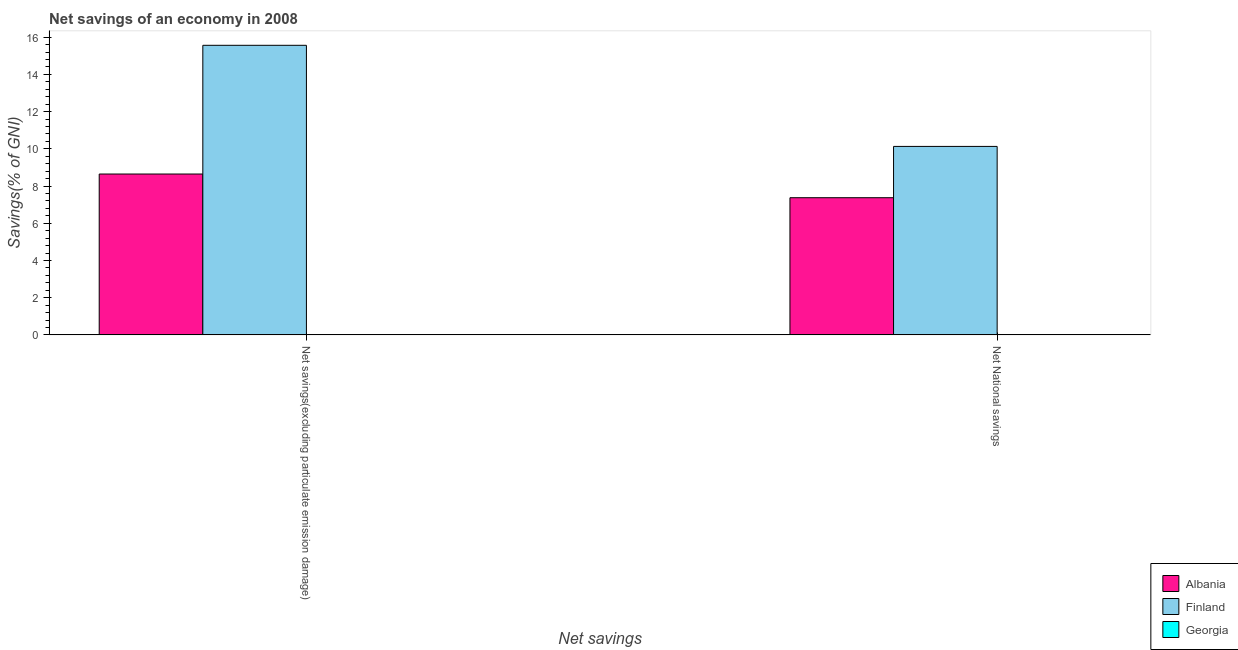
| Net savings | Albania | Finland | Georgia |
 | --- | --- | --- | --- |
 | Net savings(excluding particulate emission damage) | 8.64 | 15.6 | -4.71 |
 | Net National savings | 7.37 | 10.1 | -5.74 |